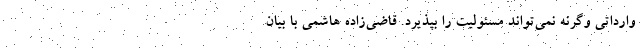
وارداتی وگرنه نمی‌تواند مسئولیت را بپذیرد. قاضی‌زاده هاشمی با بیان